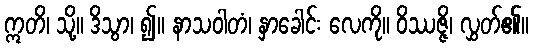
ဣတိ၊ သို့။ ဒိသွာ၊ ၍။ နာသဝါတံ၊ နှာခေါင်း လေကို။ ဝိဿဇ္ဇိ၊ လွှတ်၏။